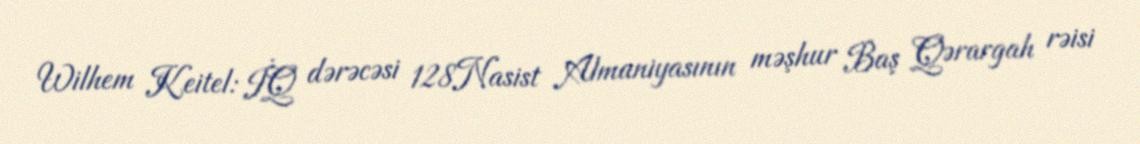
Wilhem Keitel: İQ dərəcəsi 128Nasist Almaniyasının məşhur Baş Qərargah rəisi